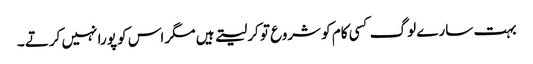
بہت سارے لوگ کسی کام کو شروع تو کرلیتے ہیں مگر اس کو پورا نہیں کرتے ۔